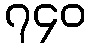
၇၄၀